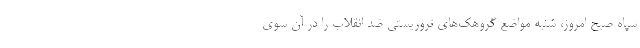
سپاه صبح امروز، شنبه مواضع گروهک‌های تروریستی ضد انقلاب را در آن سوی